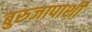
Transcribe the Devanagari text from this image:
बुरुजापाशी